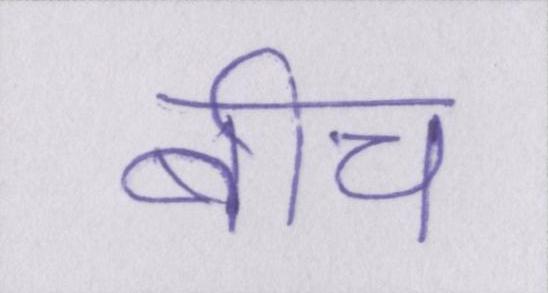
बीच